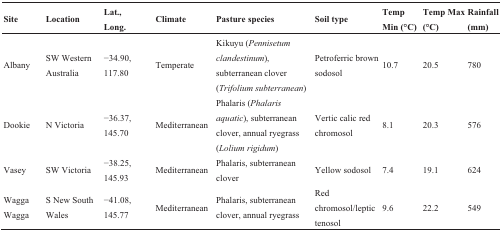
<table><thead><tr><td><b>Site</b></td><td><b>Location</b></td><td><b>Lat., Long.</b></td><td><b>Climate</b></td><td><b>Pasture species</b></td><td><b>Soil type</b></td><td><b>Temp Min (°C)</b></td><td><b>Temp Max (°C)</b></td><td><b>Rainfall (mm)</b></td></tr></thead><tbody><tr><td>Albany</td><td>SW Western Australia</td><td>−34.90, 117.80</td><td>Temperate</td><td>Kikuyu (<i>Pennisetum clandestinum</i>), subterranean clover (<i>Trifolium subterranean</i>)</td><td>Petroferric brown sodosol</td><td>10.7</td><td>20.5</td><td>780</td></tr><tr><td>Dookie</td><td>N Victoria</td><td>−36.37, 145.70</td><td>Mediterranean</td><td>Phalaris (<i>Phalaris aquatic</i>), subterranean clover, annual ryegrass (<i>Lolium rigidum</i>)</td><td>Vertic calic red chromosol</td><td>8.1</td><td>20.3</td><td>576</td></tr><tr><td>Vasey</td><td>SW Victoria</td><td>−38.25, 145.93</td><td>Mediterranean</td><td>Phalaris, subterranean clover</td><td>Yellow sodosol</td><td>7.4</td><td>19.1</td><td>624</td></tr><tr><td>Wagga Wagga</td><td>S New South Wales</td><td>−41.08, 145.77</td><td>Mediterranean</td><td>Phalaris, subterranean clover, annual ryegrass</td><td>Red chromosol/leptic tenosol</td><td>9.6</td><td>22.2</td><td>549</td></tr></tbody></table>